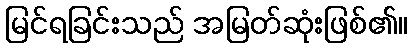
မြင်ရခြင်းသည် အမြတ်ဆုံးဖြစ်၏။